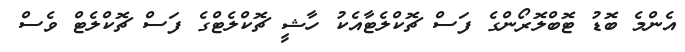
އެންމެ ބޮޑު ޓޮބްލޮރޯންގެ ފަސް ޗޮކްލެޓާއެކު ހާޝީ ޗޮކްލެޓްގެ ފަސް ޗޮކްލެޓް ވެސް